Vital statistics of India. Vol. VI, European troops 1870-79
Year: 1870
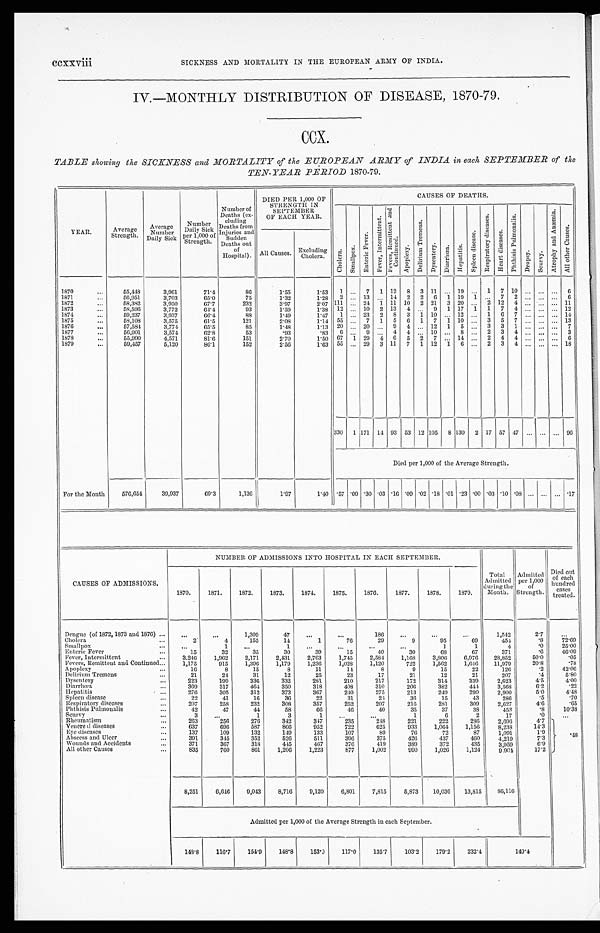
ccxxviii SICKNESS AND MORTALITY IN THE EUROPEAN ARMY OF INDIA.
IV.—MONTHLY DISTRIBUTION OF DISEASE, 1870-79.
CCX.
TABLE showing the SICKNESS and MORTALITY of the EUROPEAN ARMY of INDIA in each SEPTEMBER of the
TEN-YEAR PERIOD 1870-79.
YEAR.
Average
Strength.
Average
Number
Daily Sick
Number
Daily Sick
Per 1,000 of
Strength. .
Number of
Deaths (ex-
cluding
Deaths from
Injuries and
Sudden
Deaths out
of
Hospital).
DIED PER 1,000 OF
STRENGTH IN
SEPTEMBER
OF EACH YEAR.
CAUSES OF DEATHS.
C h o l e r a .
S m a l l p o x .
E n t e r i c F e v e r .
F e v e r , I n t e r m i t t e n t .
F e v e r s , R e m i t t e n t a n d
C o n t i n u e d .
A p o p l e x y .
D e l i r i u m T r e m e n s .
D y s e n t e r y . D i a r r h œ a . He p a t i t i s .
S p l e e n d i s e a s e . R e s p i r a t o r y d i s e a s e s .
H e a r t d i s e a s e s .
P h t h i s i s P u l m o n a l i s .
D r o p s y . S c u r v y .
A t r o p h y a n d A n æ m i a .
A l l o t h e r C a u s e s .
All Causes. Excluding
Cholera.
1870
55,448
3,961
71.4
86
1.55
1.53 1 ... 7 1 12 8 3 11 ... 19 ... 1 7 10 ... ... ... 6
1871
56,951
3,703
65.0
75
1.32
1.28 2 ... 13 ... 14 2 2 6 1 19 1 ... 7 2 ...
. . . . . . 6
1872
58,382
3,950
67.7
232
3.97
2.07 111 ... 24 1 11 10 2 21 3 20 ... 2 12 4 ... ... ... 11
1873
58,596
3,772
64.4
93
1.59
1.38 12 ... 10 2 13 4 ... 9 1 17 1 1 7 4 ... ... ... 12
1874
59,237
3,937
66.4
88
1.49
1.47 1 ... 23 2 8 3 1 10 ... 12 ... 1 6 7 ... ... ... 14
1875
58,108
3,575
61.5
121
2.08
1.14 55 ... 7 1 5 6 1 7 1 10 ... 3 5 7 ...
. . . ... 13
1876
57,584
3,774
65.5
85
1.48
1.13 20 ... 20 ... 9 4 ... 12 1 5 ... 3 3 1 ... ... ... 7
1877
56,901
3,574
62.8
53
.93
.83 6 ... 9 ... 4 4 ... 10 ... 8 ... 2 3 4 ...
. . . . . . 3
1878
55,990
4,571
81.6
151
2.70
1.50 67 1 29 4 6 5 2 7 ... 14 ... 2 4 4 ... ... ... 6
1879
59,457
5,120
86.1
152
2.56
1.63 55 ... 29 3 11 7 1 12
1
6 ... 2 3 4 ... ... ... 18
330 1 171 14 93 53 12 105 8 130 2 17 57 47 ... . . . . . . 96
Died per 1,000 of the Average Strength.
For the Month
576,654
39,937
69.3
1,136
1.97
1.40 .57 .00 .30 .03 .16 .09 .02 .18 . 01 .23 .00 .03 . 10 .08 ... ... ... .17
CAUSES OF ADMISSIONS.
NUMBER. OF ADMISSIONS INTO HOSPITAL IN EACH SEPTEMBER.
Total
Admitted
during the
Month.
Admitted
per 1,000
of
Strength.
Died out
of each
hundred
cases
treated.
1870.
1871.
1872.
1873.
1874.
1875.
1876.
1877.
1878.
1879.
Dengue (of 1872, 1873 and 1876)
...
. . .
1,309
47
...
...
186
...
...
...
1,542
2.7
. . .
Cholera
2
4
155
14
1
76
29
9
95
69
454
.8
72.69
...
Smallpox
. . .
1
. . .
1
. . .
. . .
. . .
. . .
1
1
4
.0
25.00
Enteric Fever
1 5
3 2
3 5
30
3 9
1 5
4 0
3 0
68
67
371
.6
46.09
Fever, Intermittent
3 , 2 4 6
1,962
2,171
2,431
2,763
1,745
2,584
1,168
3,806
6,976
28,852
50.0
.05
Fevers, Remittent and Continued
1,175
915
1,396
1,179
1,236
1,028
1,120
722
1,562
1,646
11,979
20.8
.78
Apoplexy
1 6
8
15
8
11
14
8
9
15
22
126
.2
42.06
Delirium Tremens
2 1
24
31
12
25
23
17
21
12
21
207
.4
5.80
Dysentery
223
199
336
332
281
210
217
172
314
339
2,623
4.5
4.00
Diarrhœa
369
317
464
350
318
408
310
206
382
444
3,568
6.2
.22
Hepatitis
276
305
312
373
367
240
275
213
249
290
2 , 9 0 0
5.0
4.48
Spleen disease
22
41
16
36
22
31
24
36
15
43
286
.5
. 7 0
Respiratory diseases
207
258
232
308
357
252
207
216
281
309
2,627
4.6
.65
Phthisis Pulmonalis
42
47
44
58
66
46
40
35
37
38
453
.8
10.38
Scurvv
3
. . .
1
3
1
. . .
. . .
1
6
2
17
. 0
. . .
R h e u m a t i s m
263
2 5 6
276
342
347
2 3 5
2 4 8
221
222
286
2,696
4.7
. 4 8
Venereal diseases
637
696
587
866
952
722
625
933
1,064
1,156
8,238
14.3
Eye diseases
137
109
132
149
133
107
89
76
72
87
1,091
l.9
Abscess and Ulcer
391
345
352
526
511
396
375
426
437
460
4,219
7.3
Wounds and Accidents
3 7 1
367
318
445
467
376
419
389
372
435
3,959
6.9
All other Causes
8 3 5
760
861
1,206
1,223
877
1,002
990
1,026
1,124
9,904
17.2
8,251
6,646
9,043
8,716
9,120
6,801
7,815
5,873
10,036
13,81586,116
Admitted per 1,000 of the Average Strength in each September.
148.8
116.7
154.9
148.8
153.9
117.0
135.7
103.2
179.2
232.4
149.4